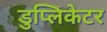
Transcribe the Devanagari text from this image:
डुप्लिकेटर